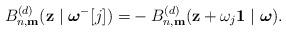
LaTeX: \begin{align*}B_{n,\mathbf{m}}^{(d)}(\mathbf{z}\mid {\boldsymbol{\omega}}^{-}[j])=&-B_{n,\mathbf{m}}^{(d)}(\mathbf{z}+\omega_{j}\mathbf{1}\mid {\boldsymbol{\omega}}). \end{align*}